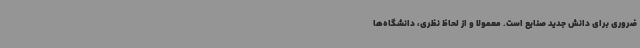
ضروری برای دانش جدید صنایع است. معمولاً و از لحاظ نظری، دانشگاه‌ها